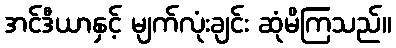
အင်ဒီယာနှင့် မျက်လုံးချင်း ဆုံမိကြသည်။